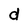
Character: d